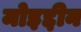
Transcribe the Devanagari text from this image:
मोइद्दीन